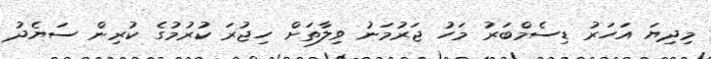
މިދިޔަ އަހަރު ޑިސެމްބަރު މަހު ޖަރުމަނު ވިލާތަށް ހިޖުރަ ކުރުމުގެ ކުރިން ސަޔެދު